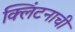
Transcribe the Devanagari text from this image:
क्लिंटनाची